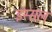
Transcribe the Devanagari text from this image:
इस्सल